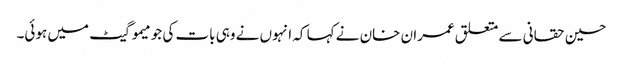
حسین حقانی سے متعلق عمران خان نے کہا کہ انہوں نے وہی بات کی جو میمو گیٹ میں ہوئی۔